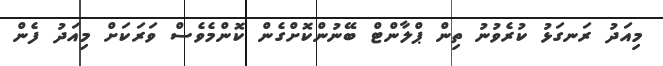
މިއަދު ރަނގަޅު ކުރެވުނު ތިން ޕްލާންޓް ބޭނުންކޮށްގެން ކޮންމެވެސް ވަރަކަށް މިއަދު ފެން